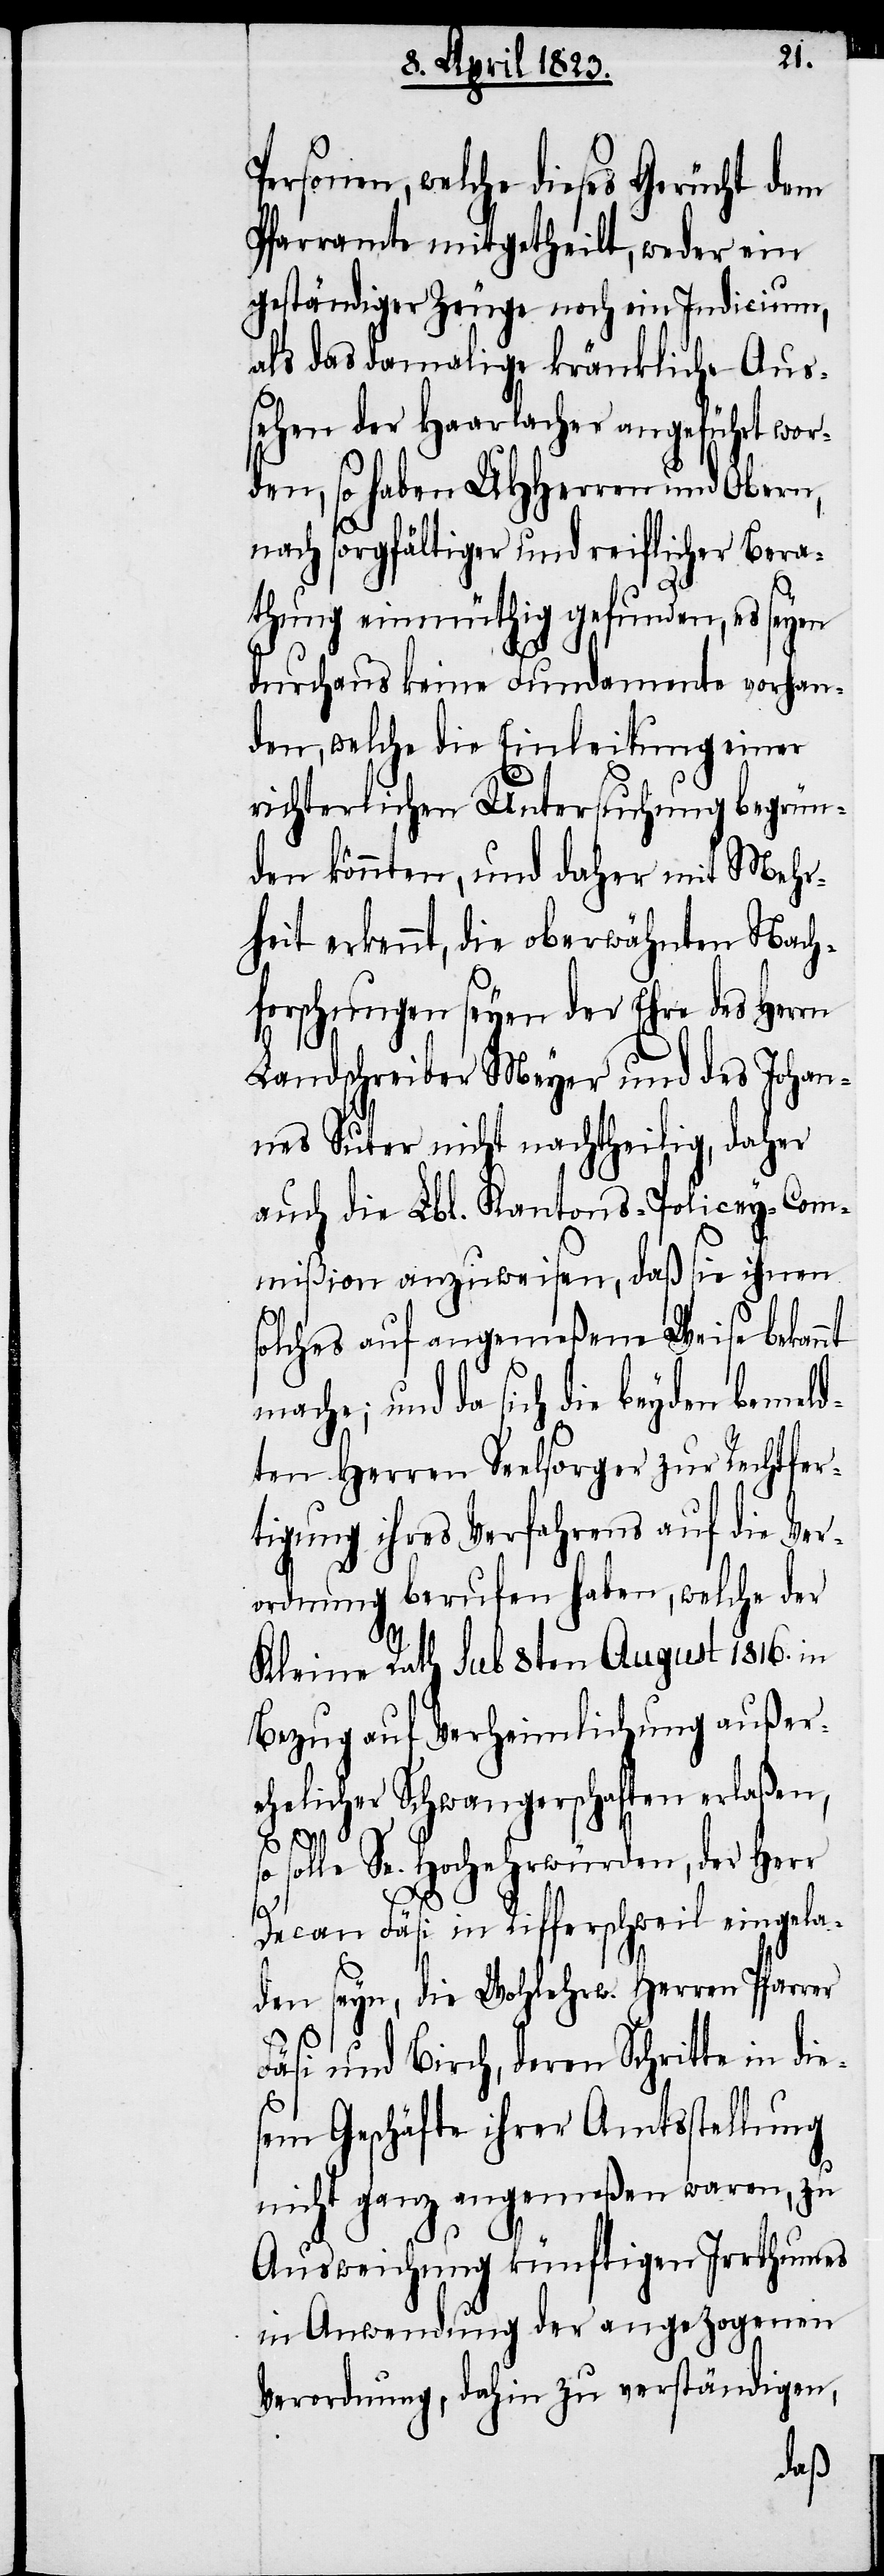
Personen, welche dieses Gerücht dem
Pfarramte mitgetheilt, weder ein
geständiger Zeuge noch ein Indicium,
als das damalige kränkliche Aus¬
sehen der Haarlacher angeführt wor¬
den, so haben UHHerren und Obern,
nach sorgfältiger und reiflicher Bera¬
thung einmüthig gefunden, es seyen
durchaus keine Fundamente vorhan¬
den, welche die Einleitung einer
richterlichen Untersuchung begrün¬
den könnten, und daher mit Mehr¬
heit erkennt, die oberwähnten Nach¬
forschungen seyen der Ehre des Herrn
Landschreiber Meyer und des Johan¬
nes Suter nicht nachtheilig, daher
auch die Lbl. Kantons-Policey-Com¬
mißion anzuweisen, daß sie ihnen
solches auf angemeßene Weise bekannt
mache; und da sich die beyden bemeld¬
ten Herren Seelsorger zur Rechtfer¬
tigung ihres Verfahrens auf die Ver¬
ordnung berufen haben, welche der
Kleine Rath Sub 8ten August 1816. in
Bezug auf Verheimlichung außer¬
ehelicher Schwangerschaften erlaßen,
so solle Se. Hochehrwürden, der Herr
Decan Fäsi in Rifferschweil eingela¬
den seyn, die Wohlehrw. Herren Pfarrer
Fäsi und Birch, deren Schritte in die¬
sem Geschäfte ihrer Amtsstellung
nicht ganz angemeßen waren, zu
Ausweichung künftigen Irrthumes
in Anwendung der angezogenen
Verordnung, dahin zu verständigen,